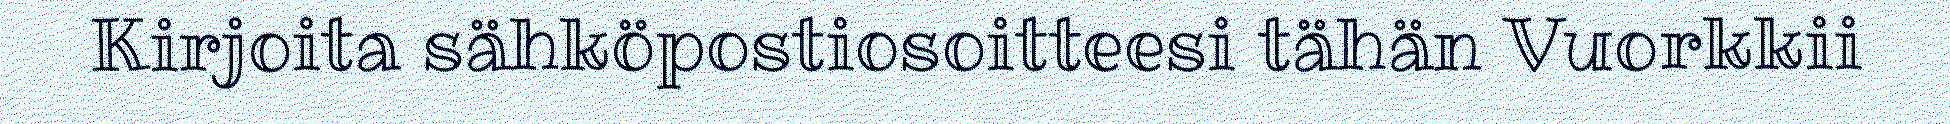
Kirjoita sähköpostiosoitteesi tähän Vuorkkii